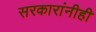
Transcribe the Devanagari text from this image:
सरकारांनीही